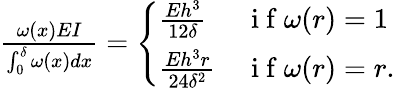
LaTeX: \begin{array}{r}{\frac{\omega(x)EI}{\int_{0}^{\delta}\omega(x)dx}=\left\{ \begin{array}{ll}{\frac{Eh^{3}}{12\delta}}&{\mathrm{~i~f~}\omega(r)=1}\\ {\frac{Eh^{3}r}{24\delta^{2}}}&{\mathrm{~i~f~}\omega(r)=r.}\end{array}\right.}\end{array}